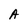
Character: A